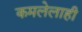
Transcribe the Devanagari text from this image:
कमलेलाही